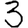
Digit: 3